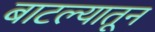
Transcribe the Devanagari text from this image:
बाटल्यातून